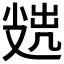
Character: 𡮖